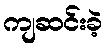
ကျဆင်းခဲ့